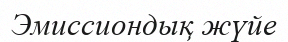
Эмиссиондық жүйе